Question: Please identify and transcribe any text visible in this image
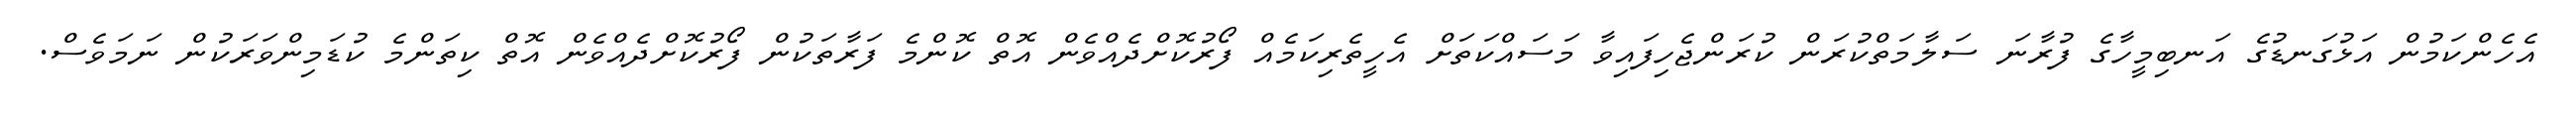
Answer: އެހެންކަމުން އަޅުގަނޑުގެ އަނބިމީހާގެ ފުރާނަ ސަލާމަތްކުރަން ކުރަންޖެހިފައިވާ މަސައްކަތަށް އެހީތެރިކަމެއް ފޯރުކޮށްދެއްވެން އޮތް ކޮންމެ ފަރާތަކުން ފޯރުކޮށްދެއްވެން އޮތް ކިތަންމެ ކުޑަމިންވަރަކުން ނަމަވެސް.